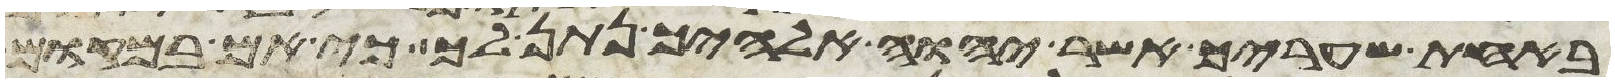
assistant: באחת שעריך אשר יהוה אלהיך נתן לך כי אם במקום